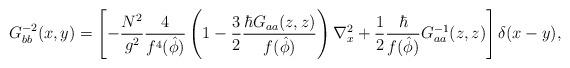
LaTeX: \begin{align*}G_{bb}^{-2} (x,y) = \left[- \frac{{ N^{2}}}{g^{2} } \frac{{4 }}{ f^{4} ( {\hat{\phi}})} \left( { 1- \frac{{ 3}}{2 } \frac{{ \hbar G_{aa}(z,z) }}{ f( {\hat{\phi}} )}} \right) \nabla_{x}^{2} + \frac{{ 1}}{2 } \frac{{\hbar }}{ f( {\hat{\phi}} ) } G_{aa}^{-1}(z,z) \right ] \delta (x-y),\end{align*}